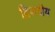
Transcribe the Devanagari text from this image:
द्विपादीय